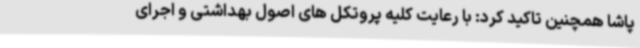
پاشا همچنین تاکید کرد: با رعایت کلیه پروتکل های اصول بهداشتی و اجرای